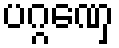
ပဂ္ဂဏှေ